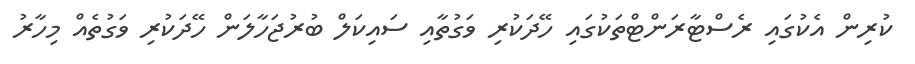
ކުރިން އެކުގައި ރެސްޓާރަންޓްތަކުގައި ހޭދަކުރި ވަގުތާއި ސައިކަލް ބުރުޖަހާލަން ހޭދަކުރި ވަގުތެއް މިހާރު